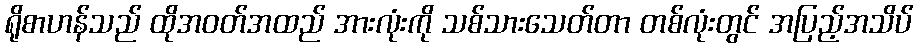
ရိုစာဟန်သည် ထိုအဝတ်အထည် အားလုံးကို သစ်သားသေတ်တာ တစ်လုံးတွင် အပြည့်အသိပ်